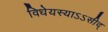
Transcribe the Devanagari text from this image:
विधेयस्याऽऽसीद्